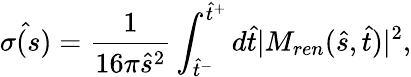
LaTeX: \hat{\sigma(s)}=\frac{1}{16\pi\hat{s}^{2}}\int_{\hat{t}^{-}}^{\hat{t}^{+}}d\hat{t}\vert M_{ren}(\hat{s},\hat{t})\vert^{2},